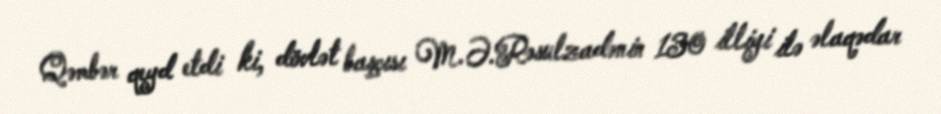
Qəmbər qeyd etdi ki, dövlət başçısı M.Ə.Rəsulzadənin 130 illiyi ilə əlaqədar